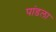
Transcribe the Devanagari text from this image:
पांडला